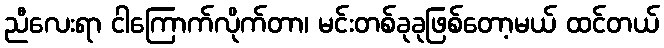
ညီလေးရာ ငါကြောက်လိုက်တာ၊ မင်းတစ်ခုခုဖြစ်တော့မယ် ထင်တယ်